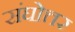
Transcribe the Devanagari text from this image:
संघोत्तर